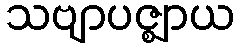
သဗျာပဇ္ဈာယ